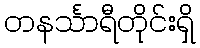
တနင်္သာရီတိုင်းရှိ